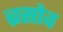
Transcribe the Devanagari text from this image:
ब्रसोव